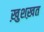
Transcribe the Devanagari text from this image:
ख़ुशख़त